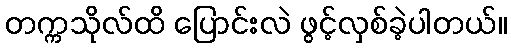
တက္ကသိုလ်ထိ ပြောင်းလဲ ဖွင့်လှစ်ခဲ့ပါတယ်။